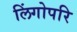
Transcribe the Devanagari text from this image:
लिंगोपरि